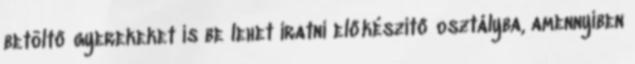
betöltő gyerekeket is be lehet íratni előkészítő osztályba, amennyiben